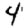
Digit: 4